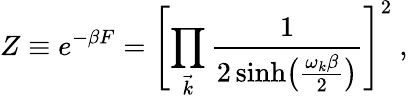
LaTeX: Z\equiv e^{-\beta F}=\Biggl[\prod_{\vec{k}}{\frac{1}{2\sinh\bigl({\frac{\omega_{k}\beta}{2}}\bigr)}}\Biggr]^{2}\ ,